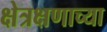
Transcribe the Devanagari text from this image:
क्षेत्रक्षणाच्या